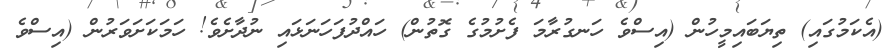
(އެކަމުގައި) ތިޔަބައިމީހުން (އިސްވެ ހަނގުރާމަ ފެށުމުގެ ގޮތުން) ހައްދުފަހަނަޅައި ނުދާށެވެ! ހަމަކަށަވަރުން (އިސްވެ